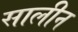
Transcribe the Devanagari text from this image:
सालीन